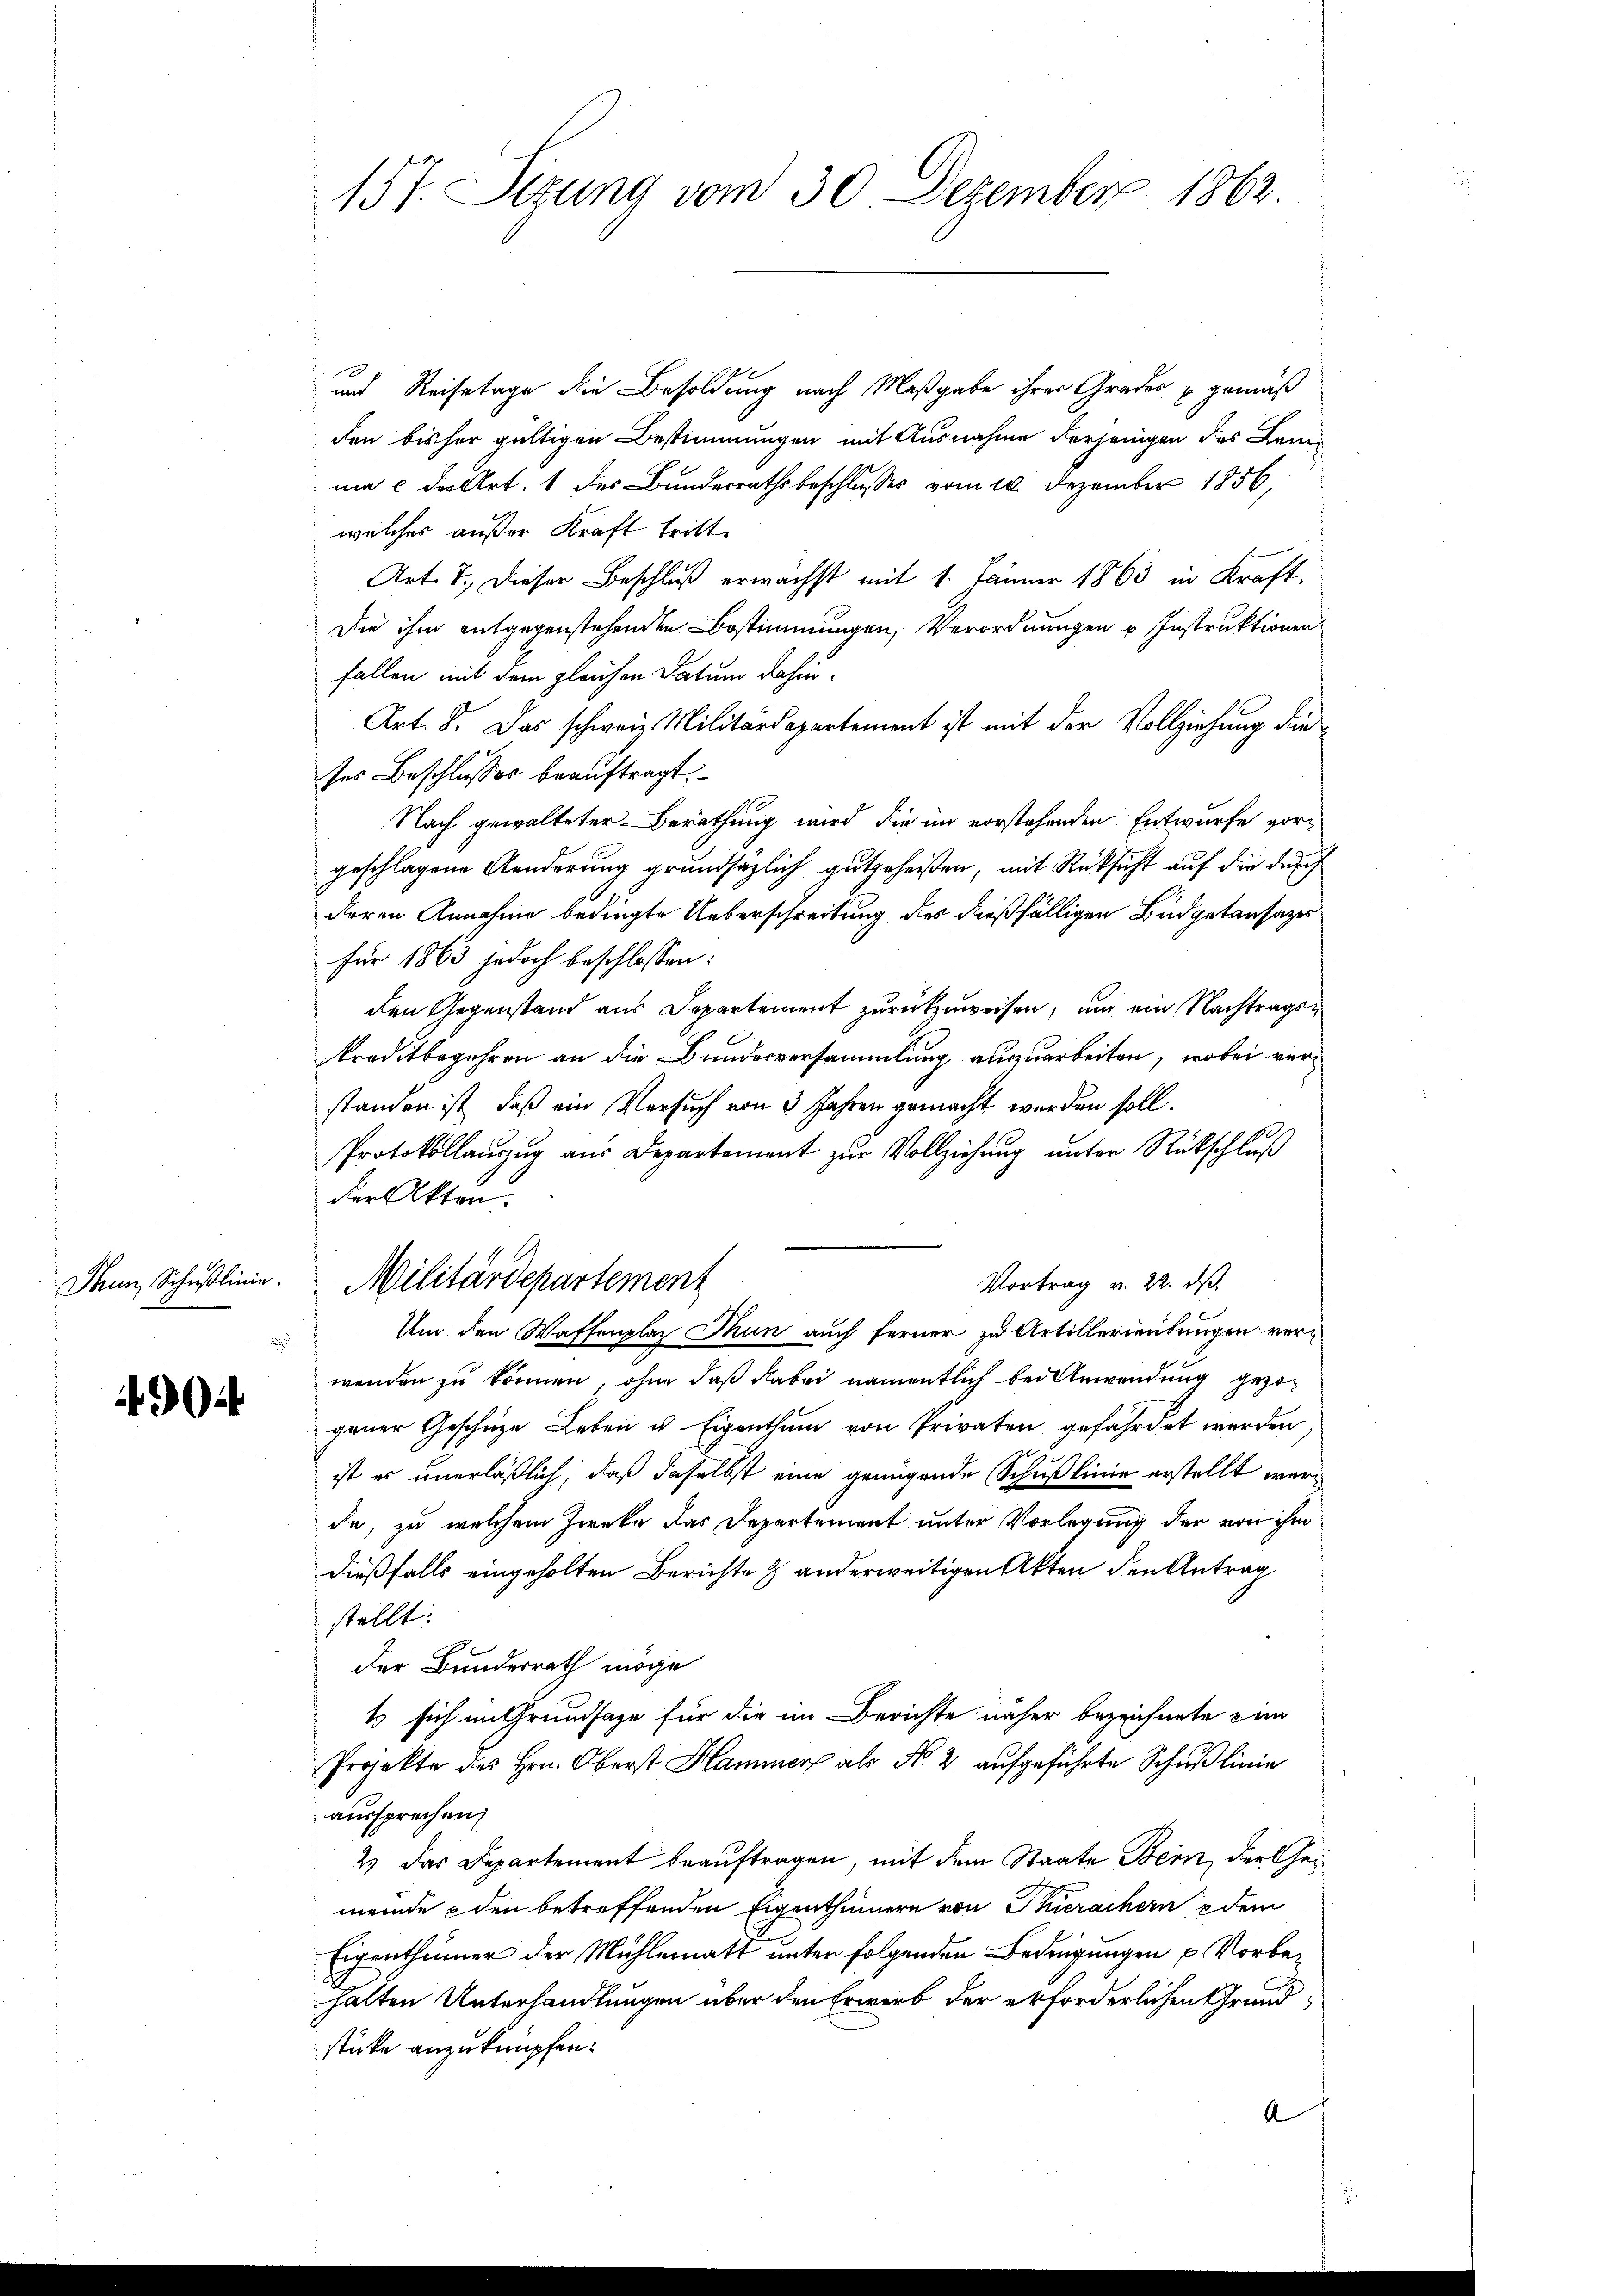
904

157. Sizung vom 30. Dezember 1862

und Reisetage die Besoldung nach Maßgabe ihrer Grades gemäß
den bisher gültigen Bestimmungen mit Ausnahme derjenigen des Leinia c der Art. 1 des Bundesrathsbeschlusses vom 20. Dezember 1856,
welches außer Kraft tritt.
Art. 7. dieser Beschluß erwächst mit 1. Jänner 1863 in Kraft¬
Die ihm entgegenstehenden Bestimmungen, Verordnungen u Instruktionen
fallen mit dem gleichen Datum dahin.
Art. 8. Das schweiz. Militärdepartement ist mit der Vollziehung die
ses Beschlusses beauftragt.
Nach gewalteter Berathung wird die im vorstehenden Entwurfe vorgeschlagene Aenderung grundsätzlich gutgeheißen, mit Rücksicht auf die durch
deren Annahme bedingte Ueberschreitung des dießfälligen Büdgetansazes
für 1863 jedoch beschlossen:
den Gegenstand aus Departement zurückzuweisen, und ein Nachtragen
traditbegehren an die Bundesversammlung auszuarbeiten, wobei verstanden ist, daß ein Versuch von 3 Jahren gemacht werden soll.
Protokollauszug aus Departement zur Vollziehung unter Rückschluß
der Akten.
Denn Schŭβlinie. Militärdepartement
Vortrag v. 22. ds.
Um den Waffenplaz Thun auch ferner zu Artillerieübungen ver¬
.
menden zu können, ohne daß dabei namentlich bei Anwendung gezogener Geschäze Leben u Eigenthum von Privaten gefährdet werden,
ist es unerläßlich, daß daselbst eine genügende Schußlinie erstellt werde, zu welchem Zwecke das Departement unter Vorlegung der von ihm
dießfalls eingeholten Berichte & anderweitigen Akten den Antrag
stellt:
der Bundesrath möge.
1 sich im Grundsage für die im Berichte näher bezeichnete dan
Projekte des Hrn. Oberst Hammer als N. 2 aufgeführte Schußlinie
aussprechen,
2 das Departement beauftragen, mit dem Staate Bern, der Gemeinde den betreffenden Eigenthümern von Thierachern dem
Eigenthümer der Mühlematt unter folgenden Bedingungen u. Vorbehalten Unterhandlungen über den Erwerb der erforderlichen Grundstücke anzuknüpfen.
A